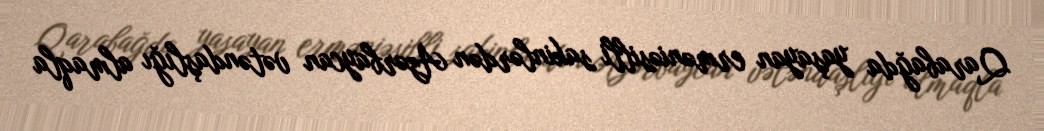
Qarabağda yaşayan erməniəsilli sakinlərdən Azərbaycan vətəndaşlığı almaqla